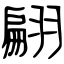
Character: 翩